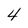
Character: 4